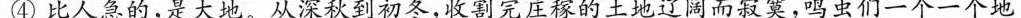
④此人急的，是大地。从深秋到初冬，收割完庄稼的土地而寂寞，鸣虫们一个一个地